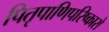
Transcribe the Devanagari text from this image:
पितृपाणिपरिष्कारो